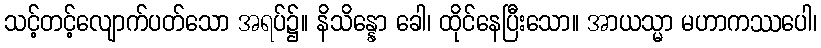
သင့်တင့်လျောက်ပတ်သော အရပ်၌။ နိသိန္နော ခေါ၊ ထိုင်နေပြီးသော။ အာယသ္မာ မဟာကဿပေါ၊